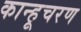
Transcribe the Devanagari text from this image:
कान्हूचरण